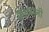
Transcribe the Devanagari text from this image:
क़ाआनी